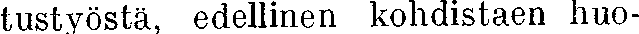
tustyöstä, edellinen kohdistaen huo-